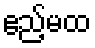
ဧည့်မထ